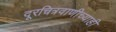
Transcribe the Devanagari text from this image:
दूरचित्रवाणीच्याही